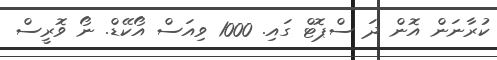
ކުރާނަން އޮން ދަ ސްޕޮޓް ގައި. 1000 ވިއަސް އޯކޭޑް. ނޯ ވޮރީސް